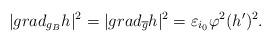
LaTeX: \begin{align*} |grad_{g_B}h|^2=|grad_{\overline{g}}h|^2=\varepsilon_{i_0}\varphi^2(h')^2.\end{align*}